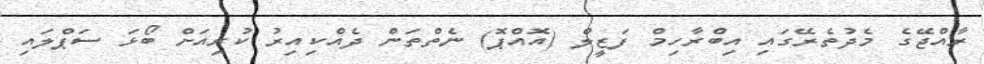
ރާއްޖޭގެ މެދުތެރޭގައި އިބްރާހިމް ފަޒީލް (އޮއްޕޮ) ނެތްތަން ދެއްކިއިރު ކުރިއަށް ބޯޅަ ސަޕްލައި